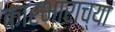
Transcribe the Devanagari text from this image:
कारभाराच्या